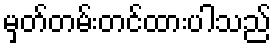
မှတ်တမ်းတင်ထားပါသည်